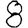
Digit: 8